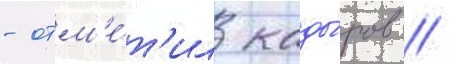
- отм'е́т'ил кады́ров //